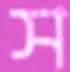
স